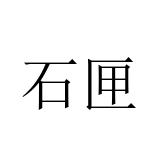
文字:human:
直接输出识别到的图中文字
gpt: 石匣